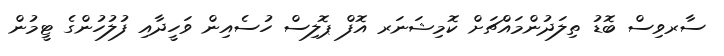
ސާރވިސް ބޮޑު ތިލަދުންމައްޗަށް ކޮމިޝަނަރ އޮފް ޕޮލިސް ހުސެއިން ވަހީދާއި ފުލުހުންގެ ޓީމުން